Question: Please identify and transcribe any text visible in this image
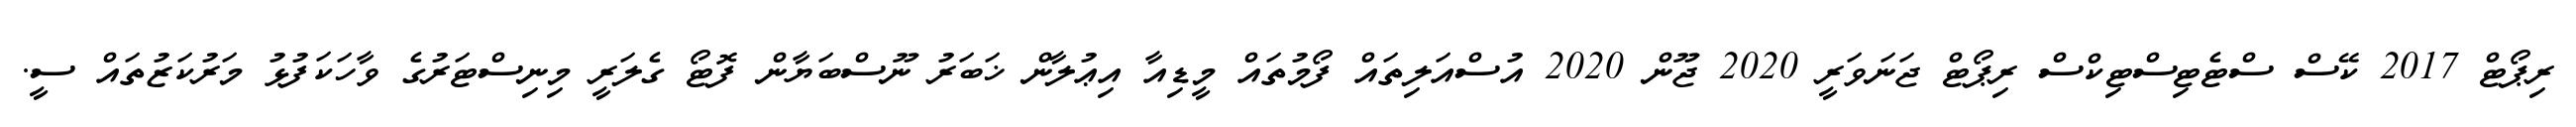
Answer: ރިޕޯޓް 2017 ކޭސް ސްޓެޓިސްޓިކްސް ރިޕޯޓް ޖަނަވަރީ 2020 ޖޫން 2020 އުސްއަލިތައް ފޯމުތައް މީޑިއާ އިޢުލާން ޚަބަރު ނޫސްބަޔާން ފޮޓޯ ގެލަރީ މިނިސްޓަރުގެ ވާހަކަފުޅު މަރުކަޒުތައް ސީ.